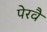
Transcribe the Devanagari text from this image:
पेरवै